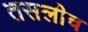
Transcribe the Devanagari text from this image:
तसलीच